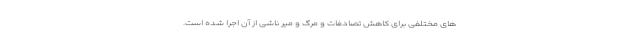
های مختلفی برای کاهش تصادفات و مرگ و میر ناشی از آن اجرا شده است.